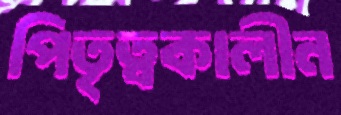
পিতৃত্বকালীন